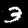
Label: 3